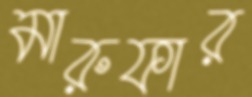
মারুফার